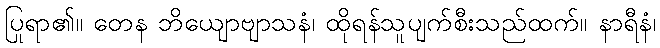
ပြုရာ၏။ တေန ဘိယျောဗျာသနံ၊ ထိုရန်သူပျက်စီးသည်ထက်။ နာရီနံ၊